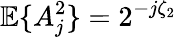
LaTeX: {\mathbb E}\{ A_{j}^{2}\} =2^{-j\zeta_{2}}